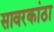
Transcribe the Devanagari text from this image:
सावरकांठा